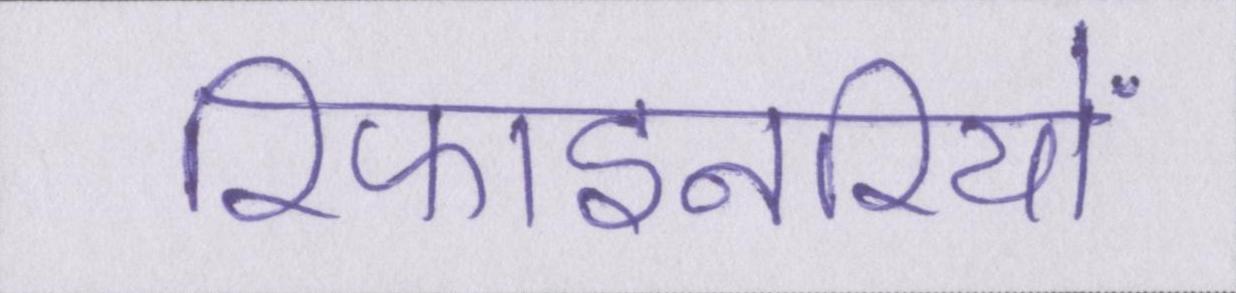
रिफाइनरियों